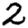
Digit: 2